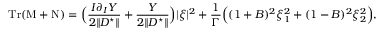
\mathrm { T r } ( \mathrm { M } + \mathrm { N } ) = \Big ( \frac { I \partial _ { I } Y } { 2 \| D ^ { \star } \| } + \frac { Y } { 2 \| D ^ { \star } \| } \Big ) | \xi | ^ { 2 } + \frac { 1 } { \Gamma } \Big ( ( 1 + B ) ^ { 2 } \xi _ { 1 } ^ { 2 } + ( 1 - B ) ^ { 2 } \xi _ { 2 } ^ { 2 } \Big ) ,